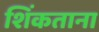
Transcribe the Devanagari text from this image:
शिंकताना